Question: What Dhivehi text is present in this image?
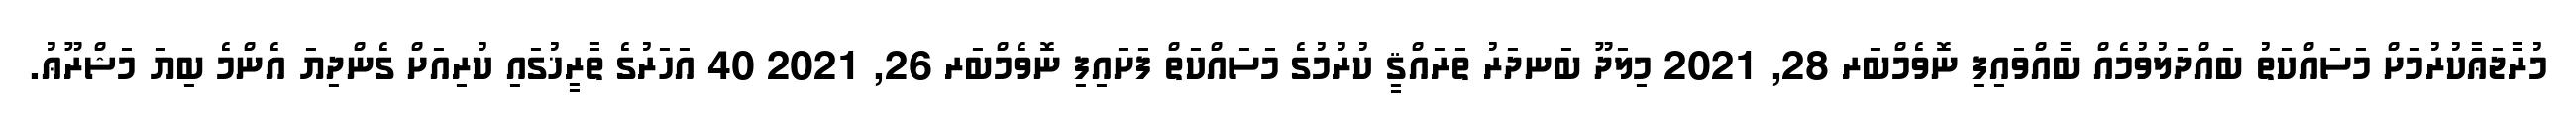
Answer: މުރާޖަޢާކުރުމަށް މަސައްކަތު ބައްދަލުވުމެއް ބާއްވައިފި ނޮވެމްބަރ 28, 2021 މިލަދޫ ބަނދަރު ތަރައްޤީ ކުރުމުގެ މަސައްކަތް ފަށައިފި ނޮވެމްބަރ 26, 2021 40 އަހަރުގެ ތާރީޚުގައި ކުރިއަށް ގެންދިޔަ އެންމެ ބިޔަ މަޝްރޫޢު.